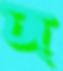
জ্